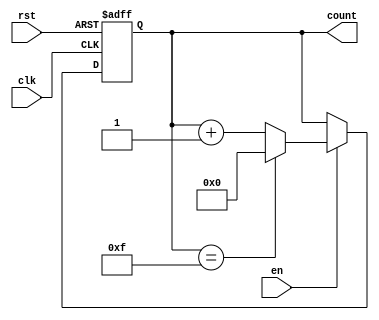
module binary_counter #(
    parameter N = 4 // Define the width of the counter (N bits)
) (
    input wire clk,      // Clock input
    input wire rst,      // Asynchronous reset
    input wire en,       // Enable signal
    output reg [N-1:0] count // Counter output
);

    // Always block triggered on the rising edge of the clock
    always @(posedge clk or posedge rst) begin
        if (rst) begin
            count <= 0; // Reset the counter to 0
        end else if (en) begin
            if (count == (2**N - 1)) begin
                count <= 0; // Roll over to 0 if maximum reached
            end else begin
                count <= count + 1; // Increment the counter
            end
        end
    end

endmodule